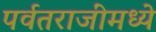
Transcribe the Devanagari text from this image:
पर्वतराजींमध्ये